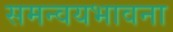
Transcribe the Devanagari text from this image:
समन्वयभावना